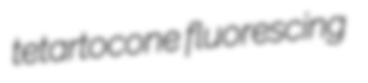
tetartocone fluorescing